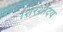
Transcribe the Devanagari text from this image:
शिरशोदय